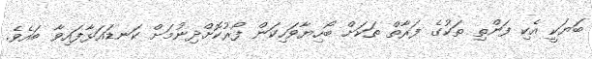
ބަޔަކީ އެކި ފަންތި ތަކުގެ ފަރާތް ތަކަށް ބޯހިޔާވަހިކަން ފޯރުކޮށްދިނުމަށް ކަނޑައަޅާފައިވާ ބައެވެ.